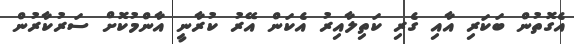
އެގޮތުން ބަކަރި އާއި ގެރި ކަތިލާއިރު އެކަން އޭރު ކުރާނީ އާންމުކޮށް ސަރުކާރުން